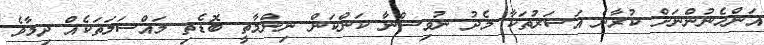
އަންހެނުންނަށް ކުރާނެ އަސަރުތަކާ މެދު ނުވިސްނާ ކަންކަން ނިންމާތީ ބޮޑެތި މައްސަލަތަކެއް ދިމާވެ